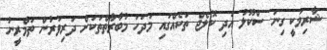
ޝާރިމަކީ ގިނަ ސްކޫލު އަދި ކޮލެޖް ތަކެއްގައި މަދަހަ މުބާރާތްތަކަށް ދަރިވަރުން ތަމްރީނު